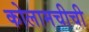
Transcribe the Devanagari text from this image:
कोलामचीची